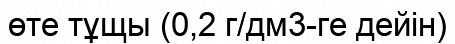
өте тұщы (0,2 г/дм3-ге дейін)